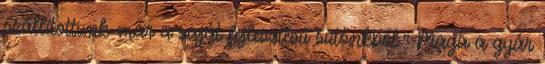
szállítottunk már a saját fejlesztésű sütőnkből.” Maga a gyár